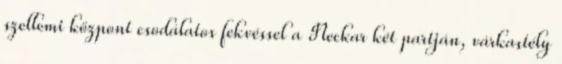
szellemi központ csodálatos fekvéssel a Neckar két partján, várkastély